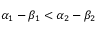
\alpha _ { 1 } - \beta _ { 1 } < \alpha _ { 2 } - \beta _ { 2 }